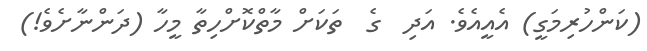
(ކަންހުރިމަގީ) އެއީއެވެ. އަދި  ގެ  ތަކަށް މާތްކޮށްހިތާ މީހާ (ދަންނާށެވެ!)